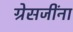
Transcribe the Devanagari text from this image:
ग्रेसजींना